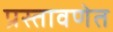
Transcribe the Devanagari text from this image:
प्रस्तावणेत